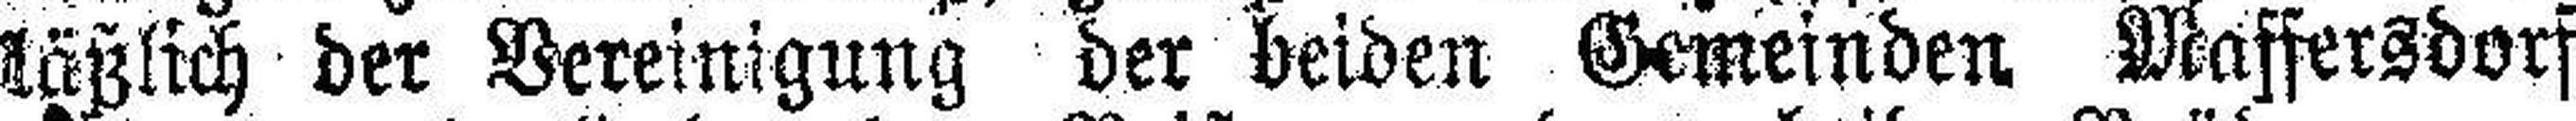
läßlich der Vereinigung der beiden Gemeinden Maffersdorf